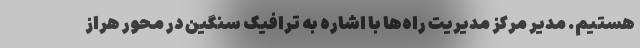
هستیم. مدیر مرکز مدیریت راه‌ها با اشاره به ترافیک سنگین در محور هراز